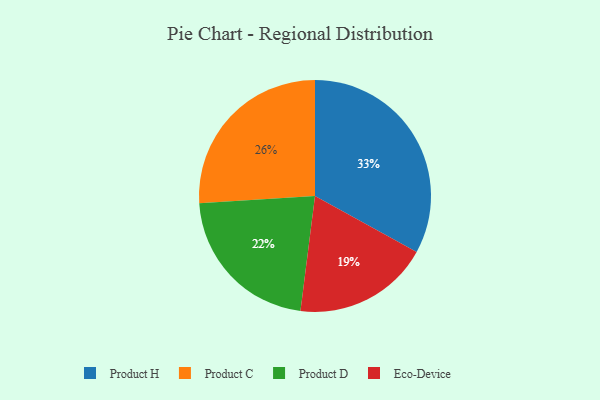
{"axis": {"x": "Category", "y": "Percentage"}, "legend": ["Eco-Device", "Product C", "Product D", "Product H"], "data": [{"x": "Product D", "y": 22, "type": "Product D"}, {"x": "Eco-Device", "y": 19, "type": "Eco-Device"}, {"x": "Product C", "y": 26, "type": "Product C"}, {"x": "Product H", "y": 33, "type": "Product H"}]}